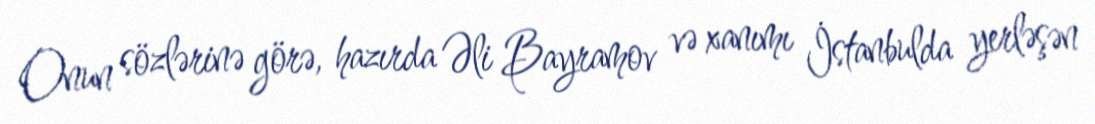
Onun sözlərinə görə, hazırda Əli Bayramov və xanımı İstanbulda yerləşən